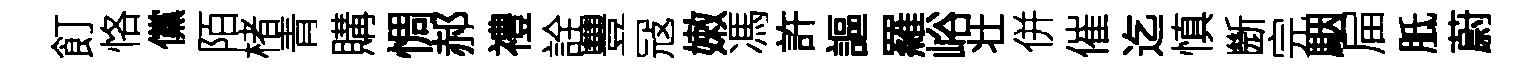
飣恪儻陌楮青購惆郝禮詮豐冦嫩馮許謳羅峪壮併催迄慎㫁完駰屇胝蔚